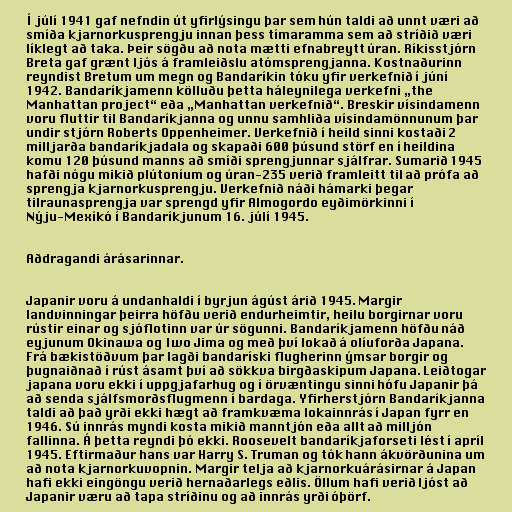
Í júlí 1941 gaf nefndin út yfirlýsingu þar sem hún taldi að unnt væri að
smíða kjarnorkusprengju innan þess tímaramma sem að stríðið væri
líklegt að taka. Þeir sögðu að nota mætti efnabreytt úran. Ríkisstjórn
Breta gaf grænt ljós á framleiðslu atómsprengjanna. Kostnaðurinn
reyndist Bretum um megn og Bandaríkin tóku yfir verkefnið í júní
1942. Bandaríkjamenn kölluðu þetta háleynilega verkefni „the
Manhattan project“ eða „Manhattan verkefnið“. Breskir vísindamenn
voru fluttir til Bandaríkjanna og unnu samhliða vísindamönnunum þar
undir stjórn Roberts Oppenheimer. Verkefnið í heild sinni kostaði 2
milljarða bandaríkjadala og skapaði 600 þúsund störf en í heildina
komu 120 þúsund manns að smíði sprengjunnar sjálfrar. Sumarið 1945
hafði nógu mikið plútoníum og úran-235 verið framleitt til að prófa að
sprengja kjarnorkusprengju. Verkefnið náði hámarki þegar
tilraunasprengja var sprengd yfir Almogordo eyðimörkinni í
Nýju-Mexíkó í Bandaríkjunum 16. júlí 1945.

Aðdragandi árásarinnar.

Japanir voru á undanhaldi í byrjun ágúst árið 1945. Margir
landvinningar þeirra höfðu verið endurheimtir, heilu borgirnar voru
rústir einar og sjóflotinn var úr sögunni. Bandaríkjamenn höfðu náð
eyjunum Okinawa og Iwo Jima og með því lokað á olíuforða Japana.
Frá bækistöðvum þar lagði bandaríski flugherinn ýmsar borgir og
þugnaiðnað í rúst ásamt því að sökkva birgðaskipum Japana. Leiðtogar
japana voru ekki í uppgjafarhug og í örvæntingu sinni hófu Japanir þá
að senda sjálfsmorðsflugmenn í bardaga. Yfirherstjórn Bandaríkjanna
taldi að það yrði ekki hægt að framkvæma lokainnrás í Japan fyrr en
1946. Sú innrás myndi kosta mikið manntjón eða allt að milljón
fallinna. Á þetta reyndi þó ekki. Roosevelt bandaríkjaforseti lést í apríl
1945. Eftirmaður hans var Harry S. Truman og tók hann ákvörðunina um
að nota kjarnorkuvopnin. Margir telja að kjarnorkuárásirnar á Japan
hafi ekki eingöngu verið hernaðarlegs eðlis. Öllum hafi verið ljóst að
Japanir væru að tapa stríðinu og að innrás yrði óþörf.